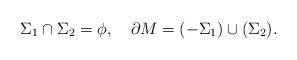
LaTeX: \begin{align*}\Sigma_1\cap \Sigma_2 =\phi, \quad \partial M = (-\Sigma_1)\cup(\Sigma_2).\end{align*}